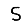
Digit: 5